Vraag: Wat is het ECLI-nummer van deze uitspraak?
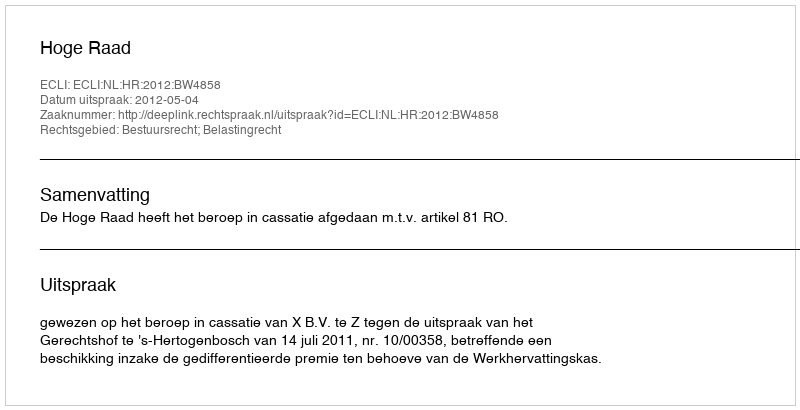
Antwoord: ECLI:NL:HR:2012:BW4858